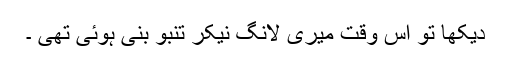
دیکھا تو اس وقت میری لانگ نیکر تنبو بنی ہوئی تھی ۔